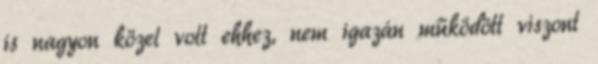
is nagyon közel volt ehhez, nem igazán működött viszont